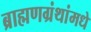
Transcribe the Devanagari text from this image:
ब्राह्मणग्रंथांमधे